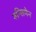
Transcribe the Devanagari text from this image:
रुन्सिमेन